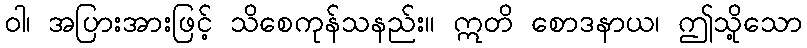
ဝါ၊ အပြားအားဖြင့် သိစေကုန်သနည်း။ ဣတိ စောဒနာယ၊ ဤသို့သော